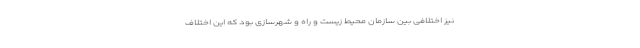
نیز اختلافی بین سازمان محیط زیست و راه و شهرسازی بود که این اختلاف